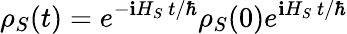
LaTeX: \rho_{S}(t)=e^{-\mathbf{i}H_{S}~t/\hbar}\rho_{S}(0)e^{\mathbf{i}H_{S}~t/\hbar}